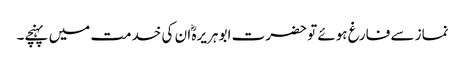
نماز سے فارغ ہوئے تو حضرت ابو ہریرہؓ ان کی خدمت میں پہنچے۔